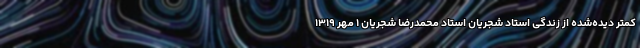
کمتر دیده‌شده از زندگی استاد شجریان استاد محمدرضا شجریان ۱ مهر ۱۳۱۹